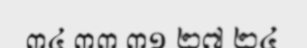
៣៤ ៣៣ ៣១ ២៧ ២៤